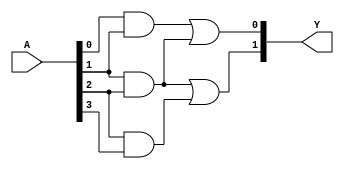
module jewel_pal (
    input wire [N-1:0] A,  // Input signals (A, B, C, ..., N)
    output wire [M-1:0] Y   // Output signals (Y1, Y2, ..., Ym)
);

// Parameter definitions
parameter N = 4; // Number of inputs
parameter M = 2; // Number of outputs
parameter K = 3; // Number of programmable AND gates

// Internal signals for AND gate outputs
wire [K-1:0] and_out;

// Programmable AND array
// Define the connections for each programmable AND gate
generate
    genvar i;
    for (i = 0; i < K; i = i + 1) begin: and_gates
        // Example programmable AND gates
        // You can modify the connections based on your specific requirements
        assign and_out[i] = (i == 0) ? (A[0] & A[1]) :   // AND gate 0: A AND B
                            (i == 1) ? (A[1] & A[2]) : // AND gate 1: B AND C
                            (i == 2) ? (A[2] & A[3]) : // AND gate 2: C AND D
                            1'b0;                       // Default case
    end
endgenerate

// Fixed OR array
// Define the outputs based on the AND gate outputs
assign Y[0] = and_out[0] | and_out[1]; // Output Y1: OR of AND gate 0 and 1
assign Y[1] = and_out[1] | and_out[2]; // Output Y2: OR of AND gate 1 and 2

endmodule